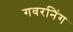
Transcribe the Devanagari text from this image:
गवरनिंग